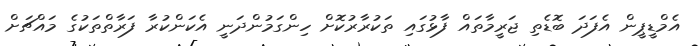
އެމްޑީޕީން އެފަދަ ބޮޑެތި ޖަރީމާތައް ފާޅުގައި ތަކުރާރުކޮށް ހިންގަމުންދަނީ އެކަންކުރާ ފަރާތްތަކުގެ މައްޗަށް